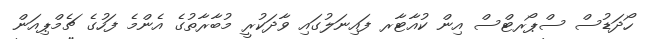
ހޯދަޑުސް ސްޕޯރޓްސް އިން ކުއާޓާރ ފައިނަލުގައި ވާދަކުރީ މުބާރާތުގެ އެންމެ ފަހުގެ ޗެމްޕިއަން